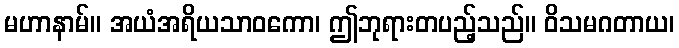
မဟာနာမ်။ အယံအရိယသာဝကော၊ ဤဘုရားတပည့်သည်။ ဝိသမဂတာယ၊